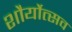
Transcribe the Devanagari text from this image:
शौर्योत्सव